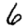
Digit: 6